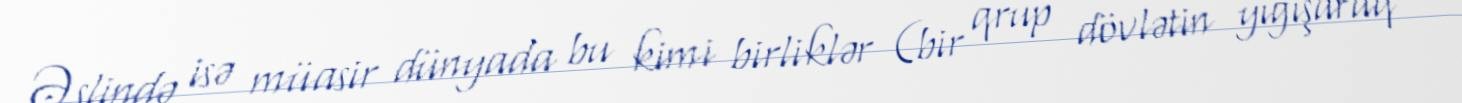
Əslində isə müasir dünyada bu kimi birliklər (bir qrup dövlətin yığışaraq